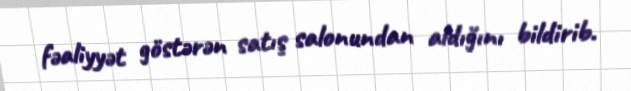
fəaliyyət göstərən satış salonundan aldığını bildirib.